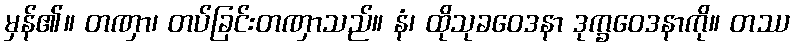
မှန်၏။ တဏှာ၊ တပ်ခြင်းတဏှာသည်။ နံ၊ ထိုသုခဝေဒနာ ဒုက္ခဝေဒနာကို။ တဿ